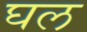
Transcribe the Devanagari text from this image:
घल